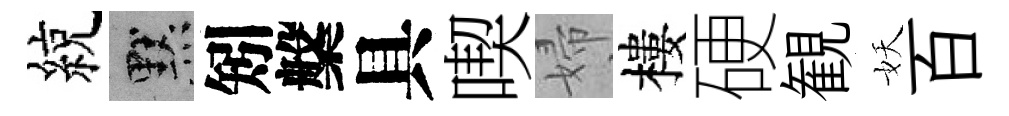
綂默矧槃具喫婦樓硬観妖百